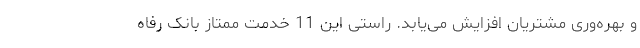
و بهره‌وری مشتریان افزایش می‌یابد. راستی این 11 خدمت ممتاز بانک رفاه